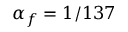
\alpha _ { f } = 1 / 1 3 7